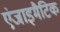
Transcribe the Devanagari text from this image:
एंजाइमैटिक